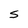
Character: S